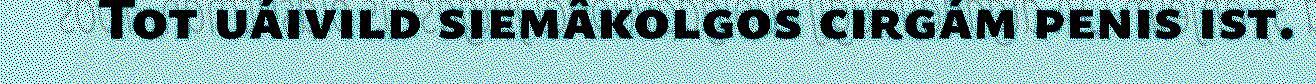
Tot uáivild siemâkolgos cirgám penis ist.